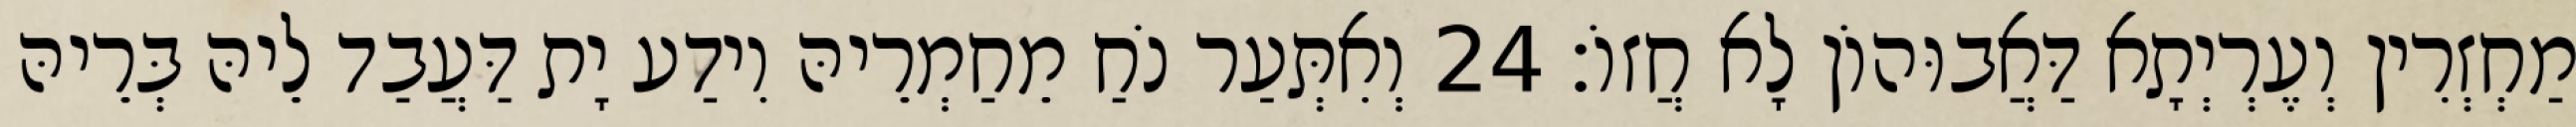
מַחְזְרִין וְעֶרְיְתָא דַּאֲבוּהוֹן לָא חֲזוֹ׃ 24 וְאִתְּעַר נֹחַ מֵחַמְרֵיהּ וִידַע יָת דַּעֲבַד לֵיהּ בְּרֵיהּ